Report on vaccination North-West Frontier Province 1904-1922 - 1904-1922
Year: 1904
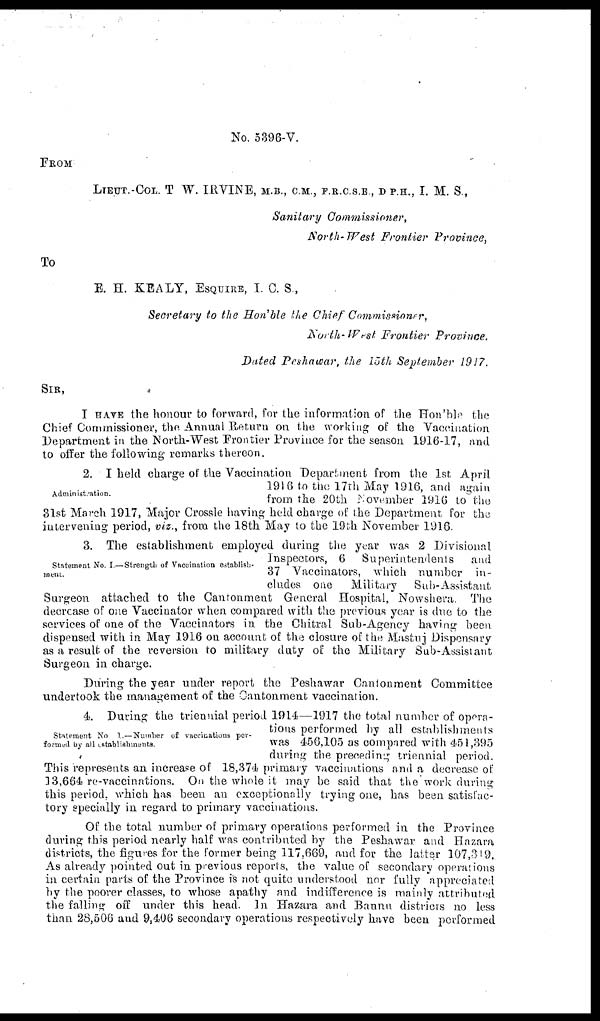
No. 5396-V.
FROM
LIEUT-COL. T.W. IRVINE, M.B., C.M, F.R.C.S.E, D.P.H, I. M. S,
Sanitary
Commissioner,
North-West
Frontier
Province,
To
E. H. KEALY, ESQUIRE, I. C. S,
Secretary to the Hon'ble the Chief Commissioner,
North-West
Frontier
Province.
Dated Peshawar, the 15th September 1917.
SIR,
I HAVE the honour to forward, for the information of the Hon'ble the
Chief Commissioner, the Annual Return on the working of the Vaccination
Department in the North-West Frontier Province for the season 1916-17, and
to offer the following remarks thereon.
Administration.
2. I held charge of the Vaccination Department from the 1st April
1916 to the 17th May 1916, and again
from the 20th November 1916 to the
31st March 1917, Major Crossle having held charge of the Department for the
intervening period, viz., from the 18th May to the 19th November 1916.
Statement No.I.— Strength of Vaccination establish¬
ment.
3. The establishment employed during the year was 2 Divisional
Inspectors, 6 Superintendents
and
37 Vaccinators, which number in-
cludes one
Military
Sub-Assistant.
Surgeon attached to the Cantonment General Hospital, Nowshera. The
decrease of one Vaccinator when compared with the previous year is due to the
services of one of the Vaccinators in the Chitral Sub-Agency having been
dispensed with in May 1916 on account of the closure of the Mastuj Dispensary
as a result of the reversion to military duty of the Military Sub-Assistant
Surgeon in charge.
During the year under report the Peshawar Cantonment Committee
undertook the management of the Cantonment vaccination.
Statement No.I.— Number of vaccinations per¬
formed by all establishments.
4. During the triennial period 1914—1917 the total number of opera-
tions performed by all establishments
was 456,105 as compared with 451,395
during the preceding triennial period.
This represents an increase of 18,374 primary vaccinations and a decrease of
13,664 re-vaccinations. On the whole it may be said that the work during
this period, which has been an exceptionally trying one, has been satisfac-
tory specially in regard to primary vaccinations.
Of the total number of primary operations performed in the Province
during this period nearly half was contributed by the Peshawar and Hazara
districts, the figures for the former being 117.669, and for the latter 107,319.
As already pointed out in previous reports, the value of secondary operations
in certain parts of the Province is not quite understood nor fully appreciated
by the poorer classes, to whose apathy and indifference is mainly attributed
the falling off under this head. In Hazara and Bannu districts no less
than 28,506 and 9,406 secondary operations respectively have been performed